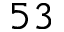
5 3